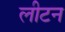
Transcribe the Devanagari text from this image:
लीटन